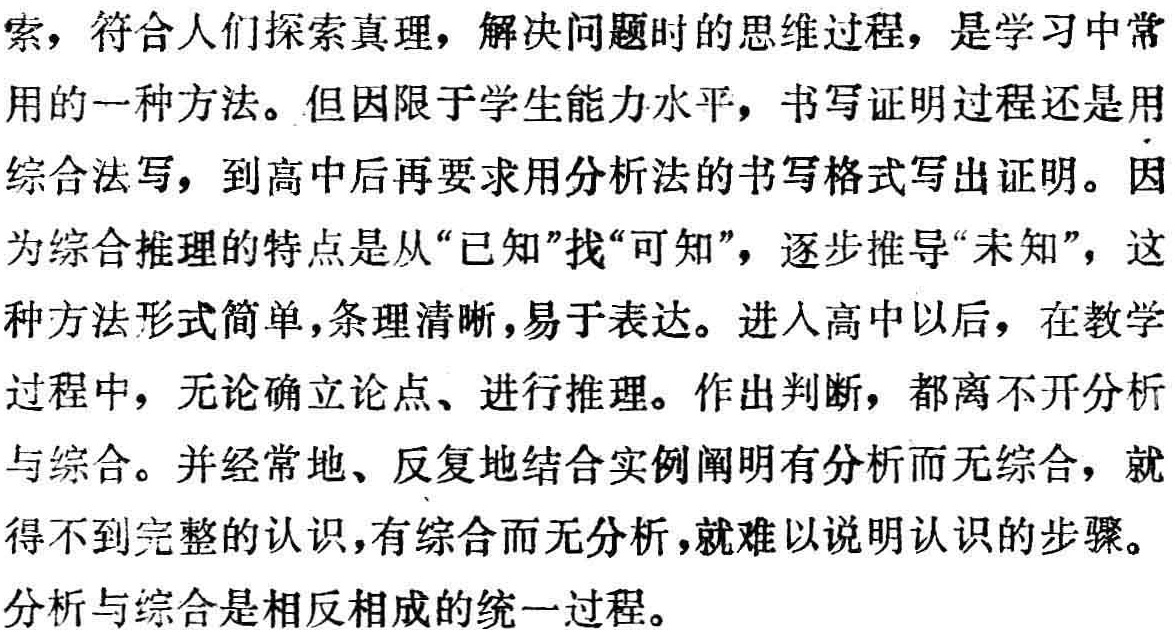
索，符合人们探索真理，解决问题时的思维过程，是学习中常

用的一种方法。但因限于学生能力水平，书写证明过程还是用

综合法写，到高中后再要求用分析法的书写格式写出证明。因

为综合推理的特点是从“已知”找“可知”，逐步推导“未知”，这

种方法形式简单，条理清晰，易于表达。进人高中以后，在教学

过程中，无论确立论点、进行推理。作出判断，都离不开分析

与综合。并经常地、反复地结合实例阐明有分析而无综合，就

得不到完整的认识，有综合而无分析，就难以说明认识的步骤。

分析与综合是相反相成的统一过程。